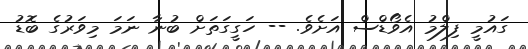
ގައުމީ ފިލްމު އެވޯޑްސް އަށެވެ. -- ހަގީގަތަށް ބުނާ ނަމަ މިވަރުގެ ބޮޑު